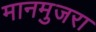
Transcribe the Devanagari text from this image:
मानमुजरा